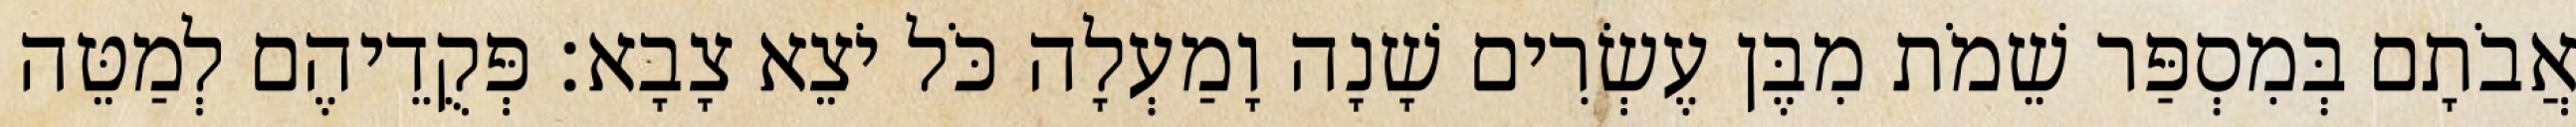
אֲבֹתָם בְּמִסְפַּר שֵׁמֹת מִבֶּן עֶשְׂרִים שָׁנָה וָמַעְלָה כֹּל יֹצֵא צָבָא׃ פְּקֻדֵיהֶם לְמַטֵּה